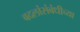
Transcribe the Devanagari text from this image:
बदलांसंबंधीच्या